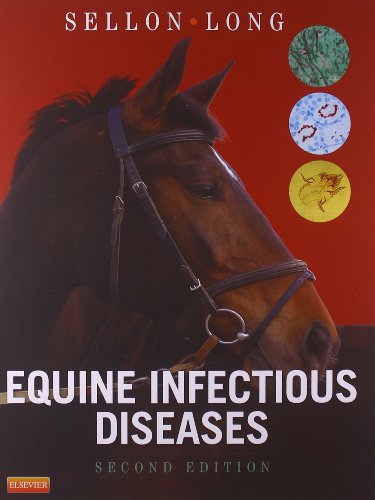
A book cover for Equine Infectious Diseases, 2e; Medical Books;